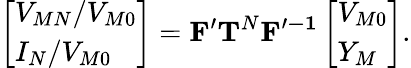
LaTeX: \left[\begin{array}{l}{V_{MN}/V_{M0}}\\ {I_{N}/V_{M0}}\end{array}\right]=\mathbf{F^{\prime}}\mathbf{T}^{N}\mathbf{F^{\prime-1}}\left[\begin{array}{l}{V_{M0}}\\ {Y_{M}}\end{array}\right].